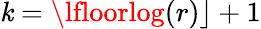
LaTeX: \mathit{k}=\lfloorlog(r)\rfloor+1